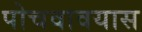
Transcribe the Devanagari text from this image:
पोचवावयास